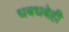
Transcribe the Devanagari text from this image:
धबधबेही